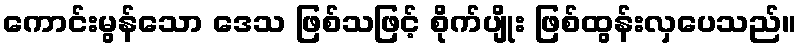
ကောင်းမွန်သော ဒေသ ဖြစ်သဖြင့် စိုက်ပျိုး ဖြစ်ထွန်းလှပေသည်။